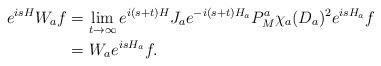
LaTeX: \begin{align*}e^{isH}W_{a}f&=\lim_{t\to\infty}e^{i(s+t)H}J_ae^{-i(s+t)H_a}P^a_M\chi_a(D_a)^2e^{isH_a}f\\&=W_{a}e^{isH_a}f.\end{align*}